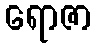
ရောဇာ